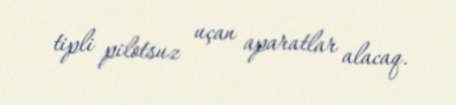
tipli pilotsuz uçan aparatlar alacaq.